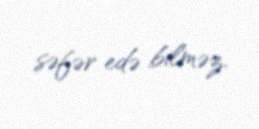
səfər edə bilməz.